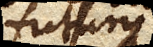
futurus